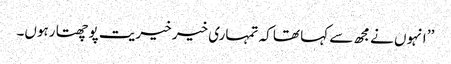
’’ انہوں نے مجھ سے کہا تھا کہ تمہاری خیر خیریت پوچھتا رہوں۔